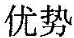
优势